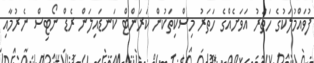
ފުވައްމުލަކުގެ ހަތަރު އަވަށެއްގެ ހަތަރު މިސްކިތަކުން ކަރަންޓް ކަނޑައިލަން ރެޑް ނޯޓިސް ނެރުމާއި